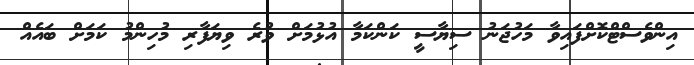
އިންވެސްޓްކޮށްފައިވާ މަހުޖަނު ސިޔާސީ ކަންކަމާ އުޅުމަށް ވުރެ ވިޔަފާރި މުހިންމު ކަމަށް ބައެއް